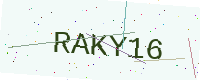
Text: RAKY16